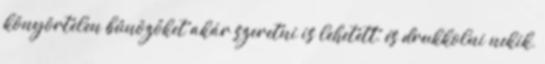
könyörtelen bűnözőket akár szeretni is lehetett, és drukkolni nekik,